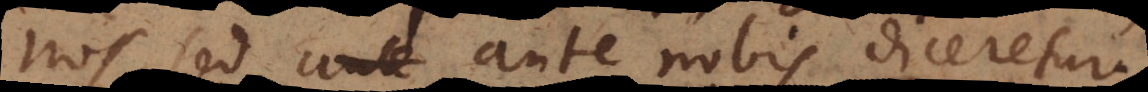
nos, sed ante nobis diceretur.